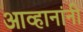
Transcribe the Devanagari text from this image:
आव्हानांनी